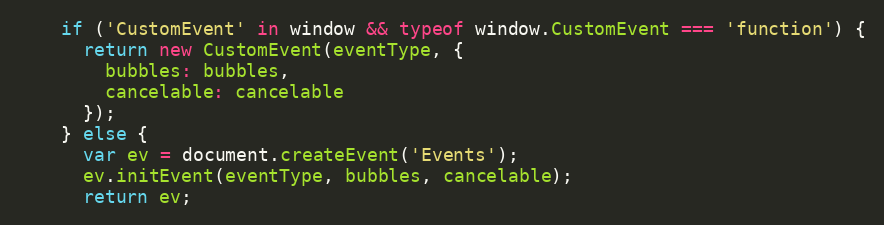
Language: JavaScript
    if ('CustomEvent' in window && typeof window.CustomEvent === 'function') {
      return new CustomEvent(eventType, {
        bubbles: bubbles,
        cancelable: cancelable
      });
    } else {
      var ev = document.createEvent('Events');
      ev.initEvent(eventType, bubbles, cancelable);
      return ev;